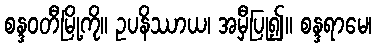
စန္ဒဝတီမြို့ကို။ ဥပနိဿာယ၊ အမှီပြု၍။ စန္ဒရာမေ၊